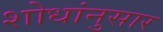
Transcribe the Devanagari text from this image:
शोधांनुसार